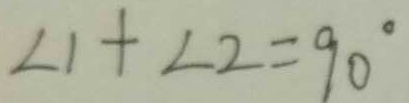
\angle 1 + \angle 2 = 9 0 ^ { \circ }